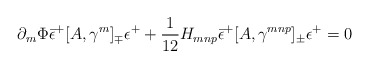
\begin{align*} \partial_m\Phi {\bar \epsilon^+}[A,\gamma^m]_\mp\epsilon^+ + \frac{1}{12}H_{mnp} {\bar\epsilon^+}[A,\gamma^{mnp}]_\pm\epsilon^+ = 0\end{align*}